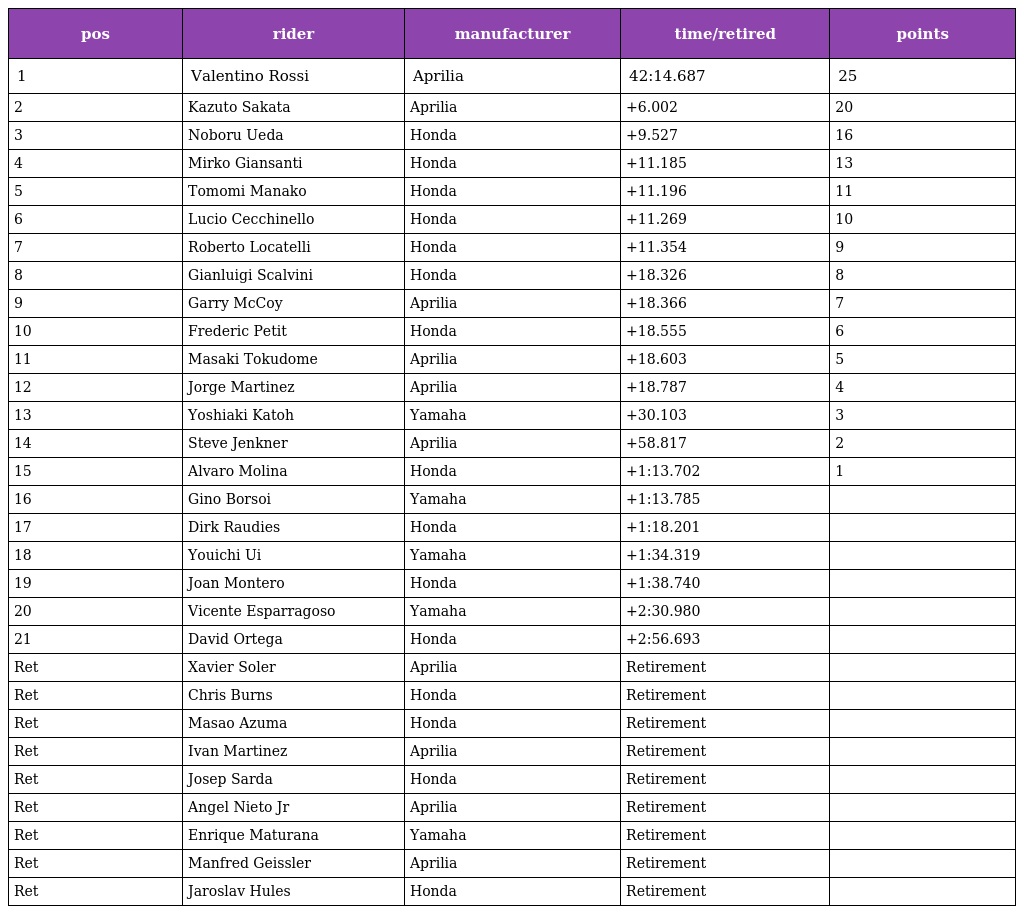
| pos | rider | manufacturer | time/retired | points |
 | --- | --- | --- | --- | --- |
 | 1 | Valentino Rossi | Aprilia | 42:14.687 | 25 |
 | 2 | Kazuto Sakata | Aprilia | +6.002 | 20 |
 | 3 | Noboru Ueda | Honda | +9.527 | 16 |
 | 4 | Mirko Giansanti | Honda | +11.185 | 13 |
 | 5 | Tomomi Manako | Honda | +11.196 | 11 |
 | 6 | Lucio Cecchinello | Honda | +11.269 | 10 |
 | 7 | Roberto Locatelli | Honda | +11.354 | 9 |
 | 8 | Gianluigi Scalvini | Honda | +18.326 | 8 |
 | 9 | Garry McCoy | Aprilia | +18.366 | 7 |
 | 10 | Frederic Petit | Honda | +18.555 | 6 |
 | 11 | Masaki Tokudome | Aprilia | +18.603 | 5 |
 | 12 | Jorge Martinez | Aprilia | +18.787 | 4 |
 | 13 | Yoshiaki Katoh | Yamaha | +30.103 | 3 |
 | 14 | Steve Jenkner | Aprilia | +58.817 | 2 |
 | 15 | Alvaro Molina | Honda | +1:13.702 | 1 |
 | 16 | Gino Borsoi | Yamaha | +1:13.785 |  |
 | 17 | Dirk Raudies | Honda | +1:18.201 |  |
 | 18 | Youichi Ui | Yamaha | +1:34.319 |  |
 | 19 | Joan Montero | Honda | +1:38.740 |  |
 | 20 | Vicente Esparragoso | Yamaha | +2:30.980 |  |
 | 21 | David Ortega | Honda | +2:56.693 |  |
 | Ret | Xavier Soler | Aprilia | Retirement |  |
 | Ret | Chris Burns | Honda | Retirement |  |
 | Ret | Masao Azuma | Honda | Retirement |  |
 | Ret | Ivan Martinez | Aprilia | Retirement |  |
 | Ret | Josep Sarda | Honda | Retirement |  |
 | Ret | Angel Nieto Jr | Aprilia | Retirement |  |
 | Ret | Enrique Maturana | Yamaha | Retirement |  |
 | Ret | Manfred Geissler | Aprilia | Retirement |  |
 | Ret | Jaroslav Hules | Honda | Retirement |  |